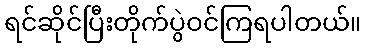
ရင်ဆိုင်ပြီးတိုက်ပွဲဝင်ကြရပါတယ်။